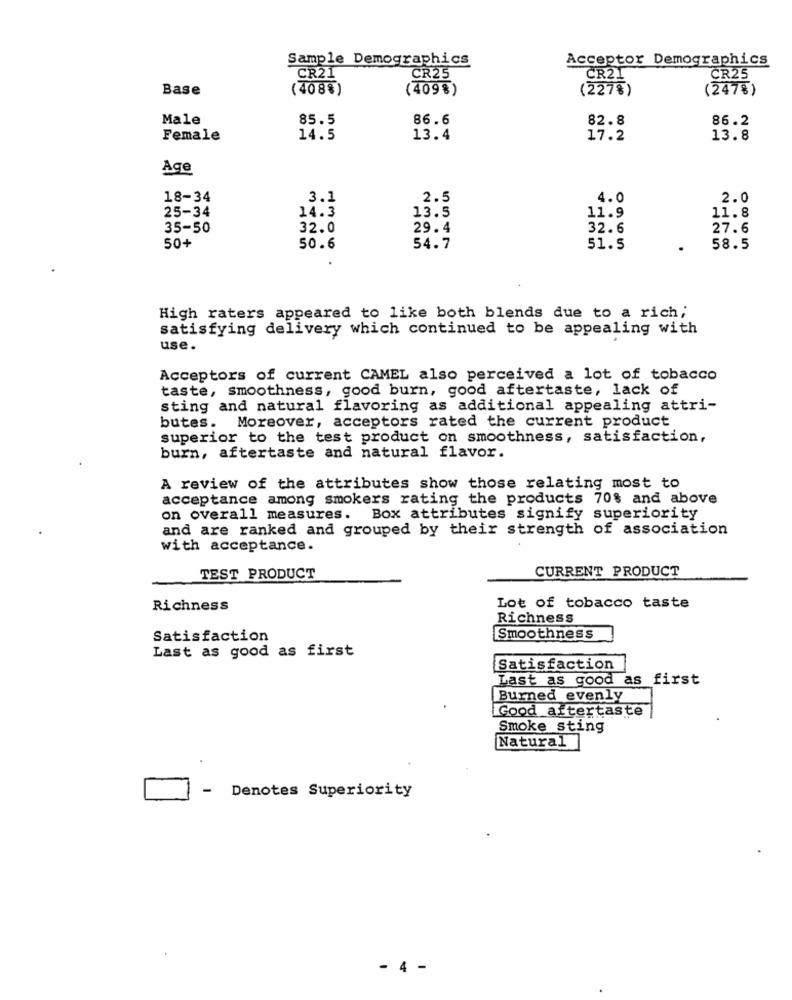
Sample Demographics
Acceptor Demographics
CR25
CR21
CR21
CR25
Base
( 408%)
(409%)
(227%)
(247%)
Male
85.5
86.6
82.8
86.2
Female
14.5
13.4
17.2
13.8
Age
18-34
3.1
2.5
4.0
2.0
14.3
11.8
25-34
13.5
11.9
35-50
32.0
29.4
32.6
27.6
50+
50.6
54.7
51.5
.
58.5
High raters appeared to like both blends due to a rich;
satisfying delivery which continued to be appealing with
use.
Acceptors of current CAMEL also perceived a lot of tobacco
taste, smoothness, good burn, good aftertaste, lack of
sting and natural flavoring as additional appealing attri-
butes. Moreover, acceptors rated the current product
superior to the test product on smoothness, satisfaction,
burn, aftertaste and natural flavor.
A review of the attributes show those relating most to
acceptance among smokers rating the products 70% and above
on overall measures. Box attributes signify superiority
and are ranked and grouped by their strength of association
with acceptance.
CURRENT PRODUCT
TEST PRODUCT
Richness
Lot of tobacco taste
Richness
Satisfaction
Smoothness
Last as good as first
Satisfaction
Last as good as first
Burned evenly
Good aftertaste
Smoke sting
Natural
Denotes Superiority
- 4 -